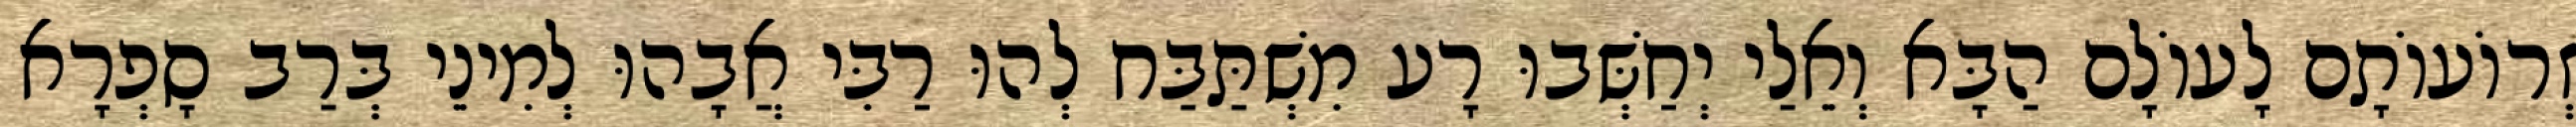
זְרוֹעוֹתָם לָעוֹלָם הַבָּא וְאֵלַי יְחַשְּׁבוּ רָע מִשְׁתַּבַּח לְהוּ רַבִּי אֲבָהוּ לְמִינֵי בְּרַב סָפְרָא